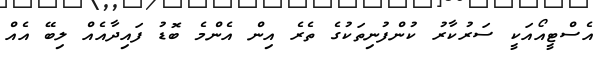
އެސްޓީއޯއަކީ ސަރުކާރު ކުންފުނިތަކުގެ ތެރެ އިން އެންމެ ބޮޑު ފައިދާއެއް ލިބޭ އެއް